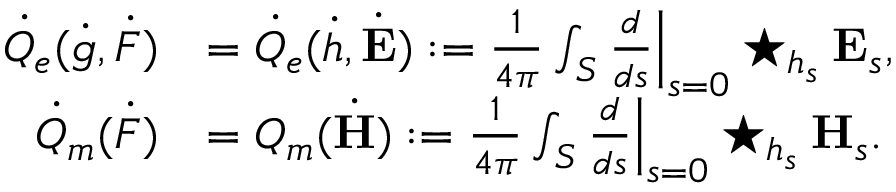
\begin{array} { r l } { \dot { Q } _ { e } ( \dot { g } , \dot { F } ) } & { = \dot { Q } _ { e } ( \dot { h } , \dot { \mathbf { E } } ) : = \frac { 1 } { 4 \pi } \int _ { S } \frac { d } { d s } \Big \lvert _ { s = 0 } \star _ { h _ { s } } \mathbf { E } _ { s } , } \\ { \dot { Q } _ { m } ( \dot { F } ) } & { = Q _ { m } ( \dot { \mathbf { H } } ) : = \frac { 1 } { 4 \pi } \int _ { S } \frac { d } { d s } \Big \lvert _ { s = 0 } \star _ { h _ { s } } \mathbf { H } _ { s } . } \end{array}